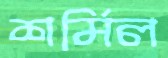
শর্মিল